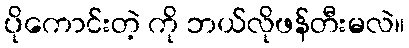
ပိုကောင်းတဲ့ ကို ဘယ်လိုဖန်တီးမလဲ။